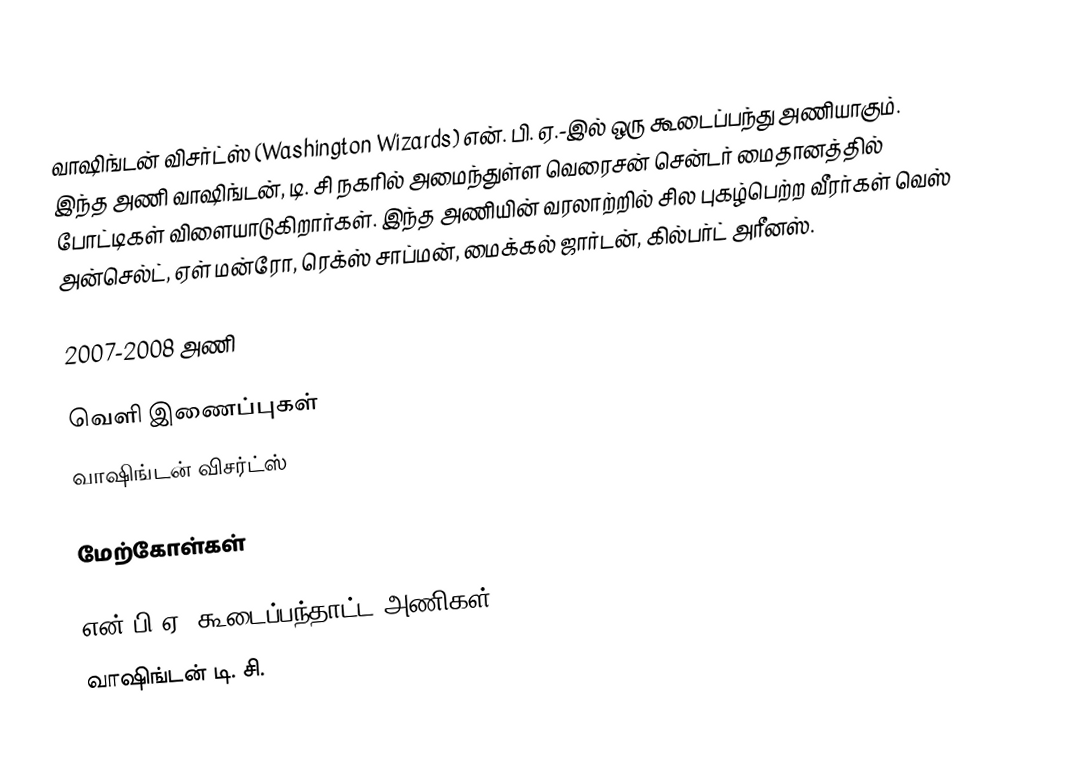
வாஷிங்டன் விசர்ட்ஸ் (Washington Wizards) என். பி. ஏ.-இல் ஒரு கூடைப்பந்து அணியாகும். இந்த அணி வாஷிங்டன், டி. சி நகரில் அமைந்துள்ள  வெரைசன் சென்டர் மைதானத்தில் போட்டிகள் விளையாடுகிறார்கள். இந்த அணியின் வரலாற்றில் சில புகழ்பெற்ற வீரர்கள் வெஸ் அன்செல்ட், ஏள் மன்ரோ, ரெக்ஸ் சாப்மன், மைக்கல் ஜார்டன், கில்பர்ட் அரீனஸ்.

2007-2008 அணி

வெளி இணைப்புகள்
 வாஷிங்டன் விசர்ட்ஸ்

மேற்கோள்கள்

என்.பி.ஏ. கூடைப்பந்தாட்ட அணிகள்
வாஷிங்டன் டி. சி.